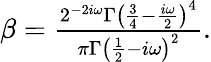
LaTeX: \begin{array}{r}{\beta=\frac{2^{-2i\omega}\Gamma\left(\frac{3}{4}-\frac{i\omega}{2}\right)^{4}}{\pi\Gamma\left(\frac{1}{2}-i\omega\right)^{2}}.}\end{array}